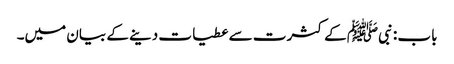
باب : نبیﷺ کے کثرت سے عطیات دینے کے بیان میں۔